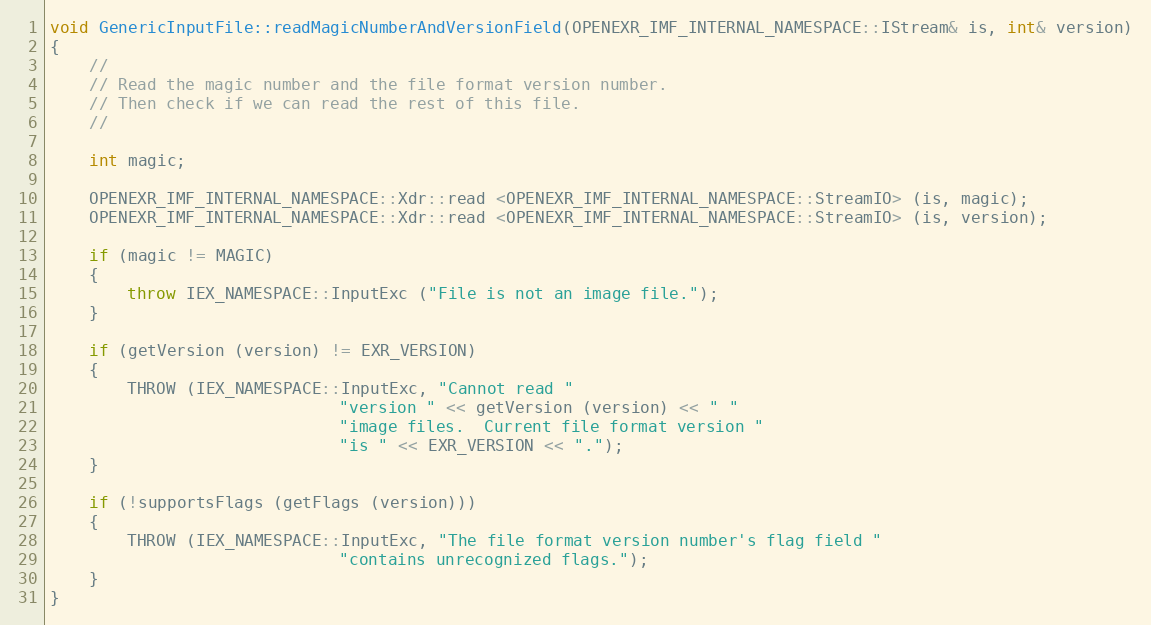
Language: C++
void GenericInputFile::readMagicNumberAndVersionField(OPENEXR_IMF_INTERNAL_NAMESPACE::IStream& is, int& version)
{
    //
    // Read the magic number and the file format version number.
    // Then check if we can read the rest of this file.
    //

    int magic;

    OPENEXR_IMF_INTERNAL_NAMESPACE::Xdr::read <OPENEXR_IMF_INTERNAL_NAMESPACE::StreamIO> (is, magic);
    OPENEXR_IMF_INTERNAL_NAMESPACE::Xdr::read <OPENEXR_IMF_INTERNAL_NAMESPACE::StreamIO> (is, version);

    if (magic != MAGIC)
    {
        throw IEX_NAMESPACE::InputExc ("File is not an image file.");
    }

    if (getVersion (version) != EXR_VERSION)
    {
        THROW (IEX_NAMESPACE::InputExc, "Cannot read "
                              "version " << getVersion (version) << " "
                              "image files.  Current file format version "
                              "is " << EXR_VERSION << ".");
    }

    if (!supportsFlags (getFlags (version)))
    {
        THROW (IEX_NAMESPACE::InputExc, "The file format version number's flag field "
                              "contains unrecognized flags.");
    }
}